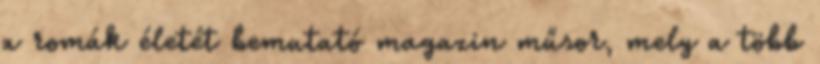
a romák életét bemutató magazin műsor, mely a több